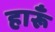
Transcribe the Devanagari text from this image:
हारूँ